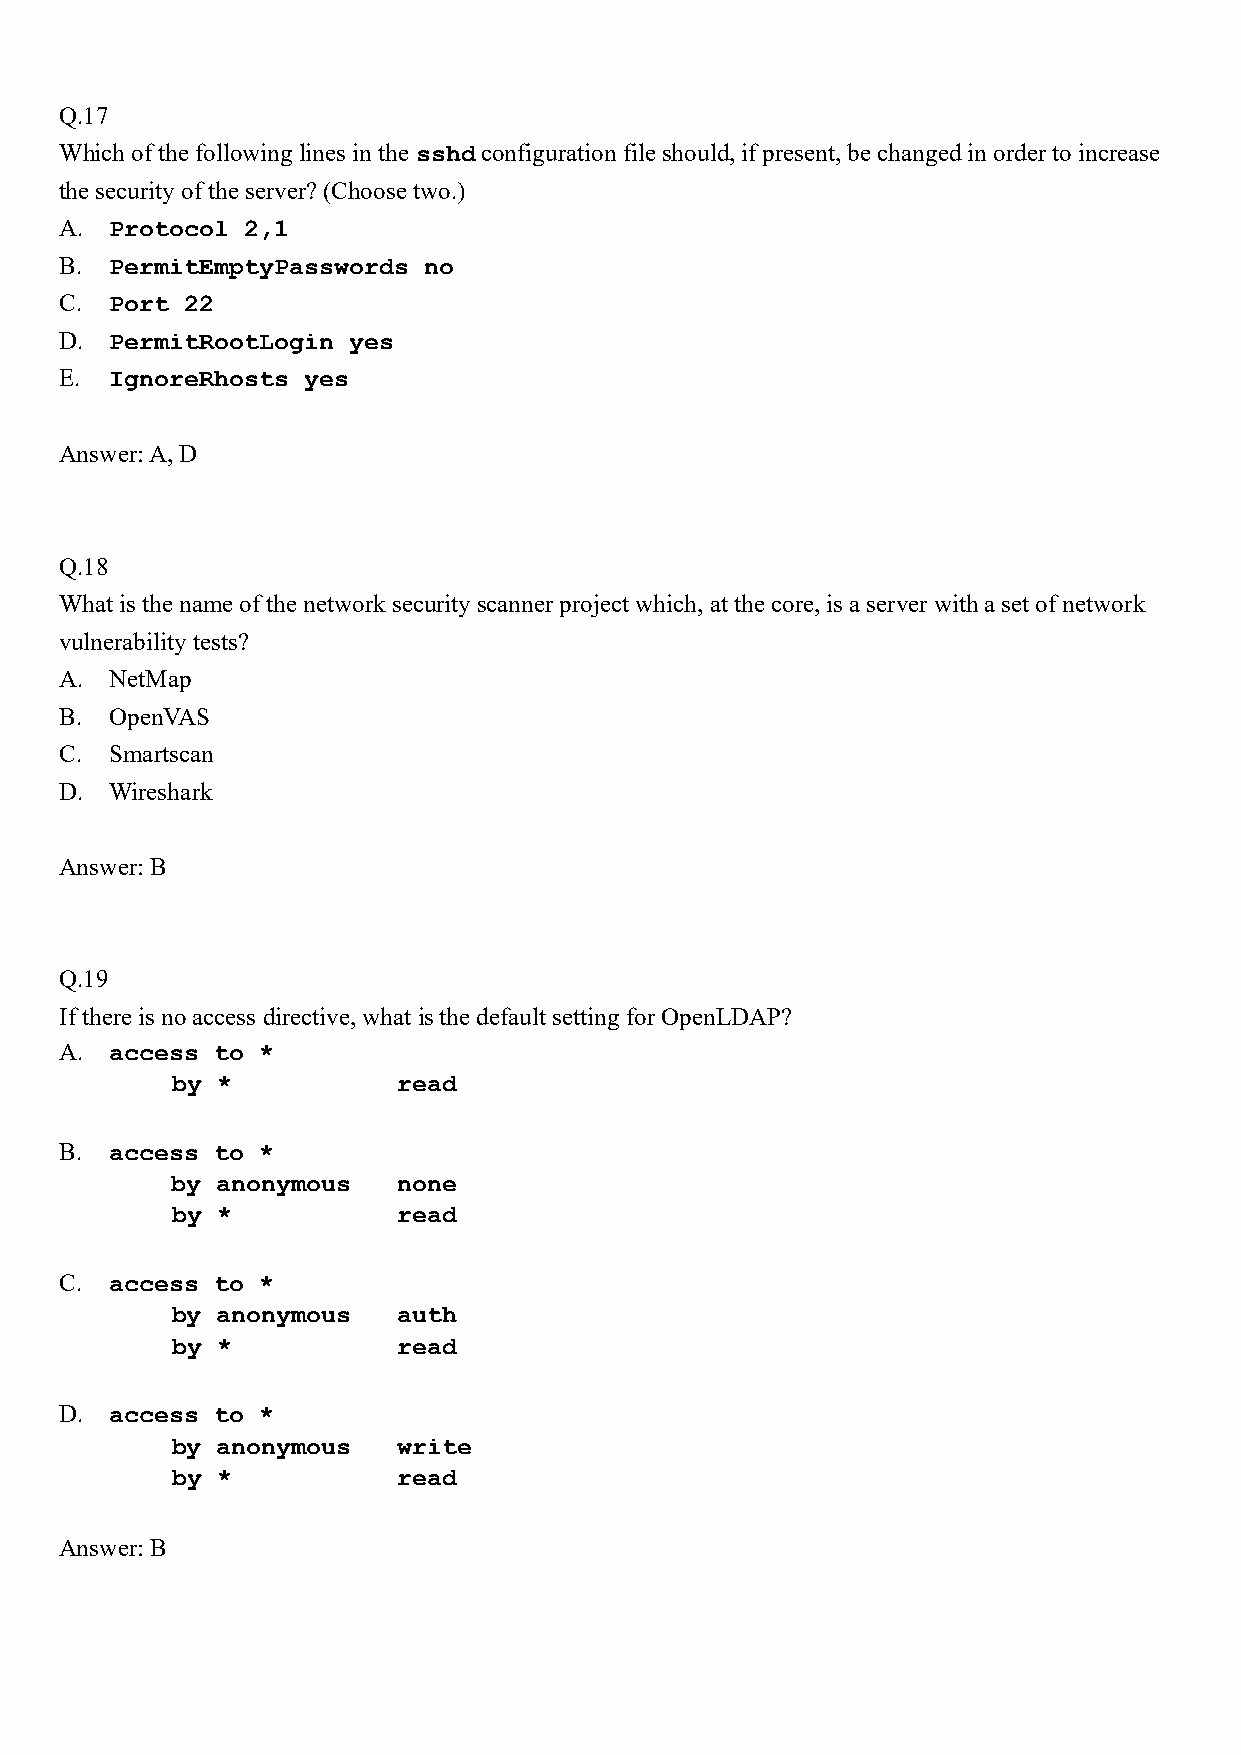
Q.17
 Which of the following lines in the sshd configuration file should, if present, be changed in order to increase
 the security of the server? (Choose two.)
 A. Protocol 2,1
 B. PermitEmptyPasswords no
 C. Port 22
 D. PermitRootLogin yes
 E. IgnoreRhosts yes
 Answer: A, D
 Q.18
 What is the name of the network security scanner project which, at the core, is a server with a set of network
 vulnerability tests?
 A. NetMap
 B. OpenVAS
 C. Smartscan
 D. Wireshark
 Answer: B
 Q.19
 If there is no access directive, what is the default setting for OpenLDAP?
 A. access to *
 by *           read
 B. access to *
 by anonymous   none
 by *           read
 C. access to *
 by anonymous   auth
 by *           read
 D. access to *
 by anonymous   write
 by *           read
 Answer: B